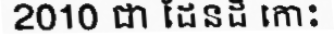
2010 ជា ដែនដី កោះ